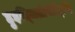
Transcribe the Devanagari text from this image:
हुइत्जिलोपोच्टिलि